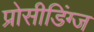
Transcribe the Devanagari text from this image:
प्रोसीडिंग्ज